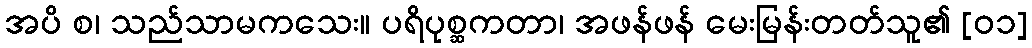
အပိ စ၊ သည်သာမကသေး။ ပရိပုစ္ဆကတာ၊ အဖန်ဖန် မေးမြန်းတတ်သူ၏ [၀၁]